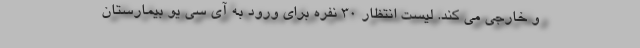
و خارجي مي كند. لیست انتظار 30 نفره برای ورود به آی سی یو بیمارستان